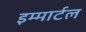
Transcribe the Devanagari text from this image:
इम्मार्टल